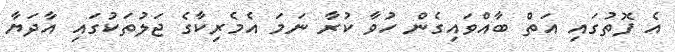
އެ ފޮތުގައި އަތް ބާއްވައިގެން ހުވާ ކުރާ ނަމަ އެމެރިކާގެ ޖަލުތަކުގައި އާދަޔާ